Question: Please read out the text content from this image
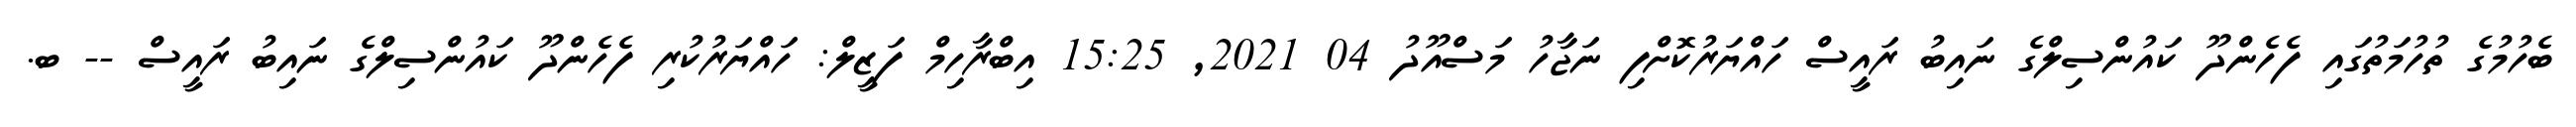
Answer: ބެހުމުގެ ތުހުމަތުގައި ފެހެންދޫ ކައުންސިލްގެ ނައިބު ރައީސް ހައްޔަރުކޮށްފި ނަޖާހު މަސްއޫދު 04 2021, 15:25 އިބްރާހިމް ފަޒީލް: ހައްޔަރުކުރި ފެހެންދޫ ކައުންސިލްގެ ނައިބު ރައީސް -- ބ.